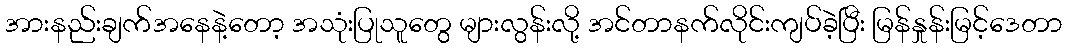
အားနည်းချက်အနေနဲ့တော့ အသုံးပြုသူတွေ များလွန်းလို့ အင်တာနက်လိုင်းကျပ်ခဲ့ပြီး မြန်နှုန်းမြင့်ဒေတာ